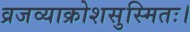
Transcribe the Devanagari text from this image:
व्रजव्याक्रोशसुस्मितः।